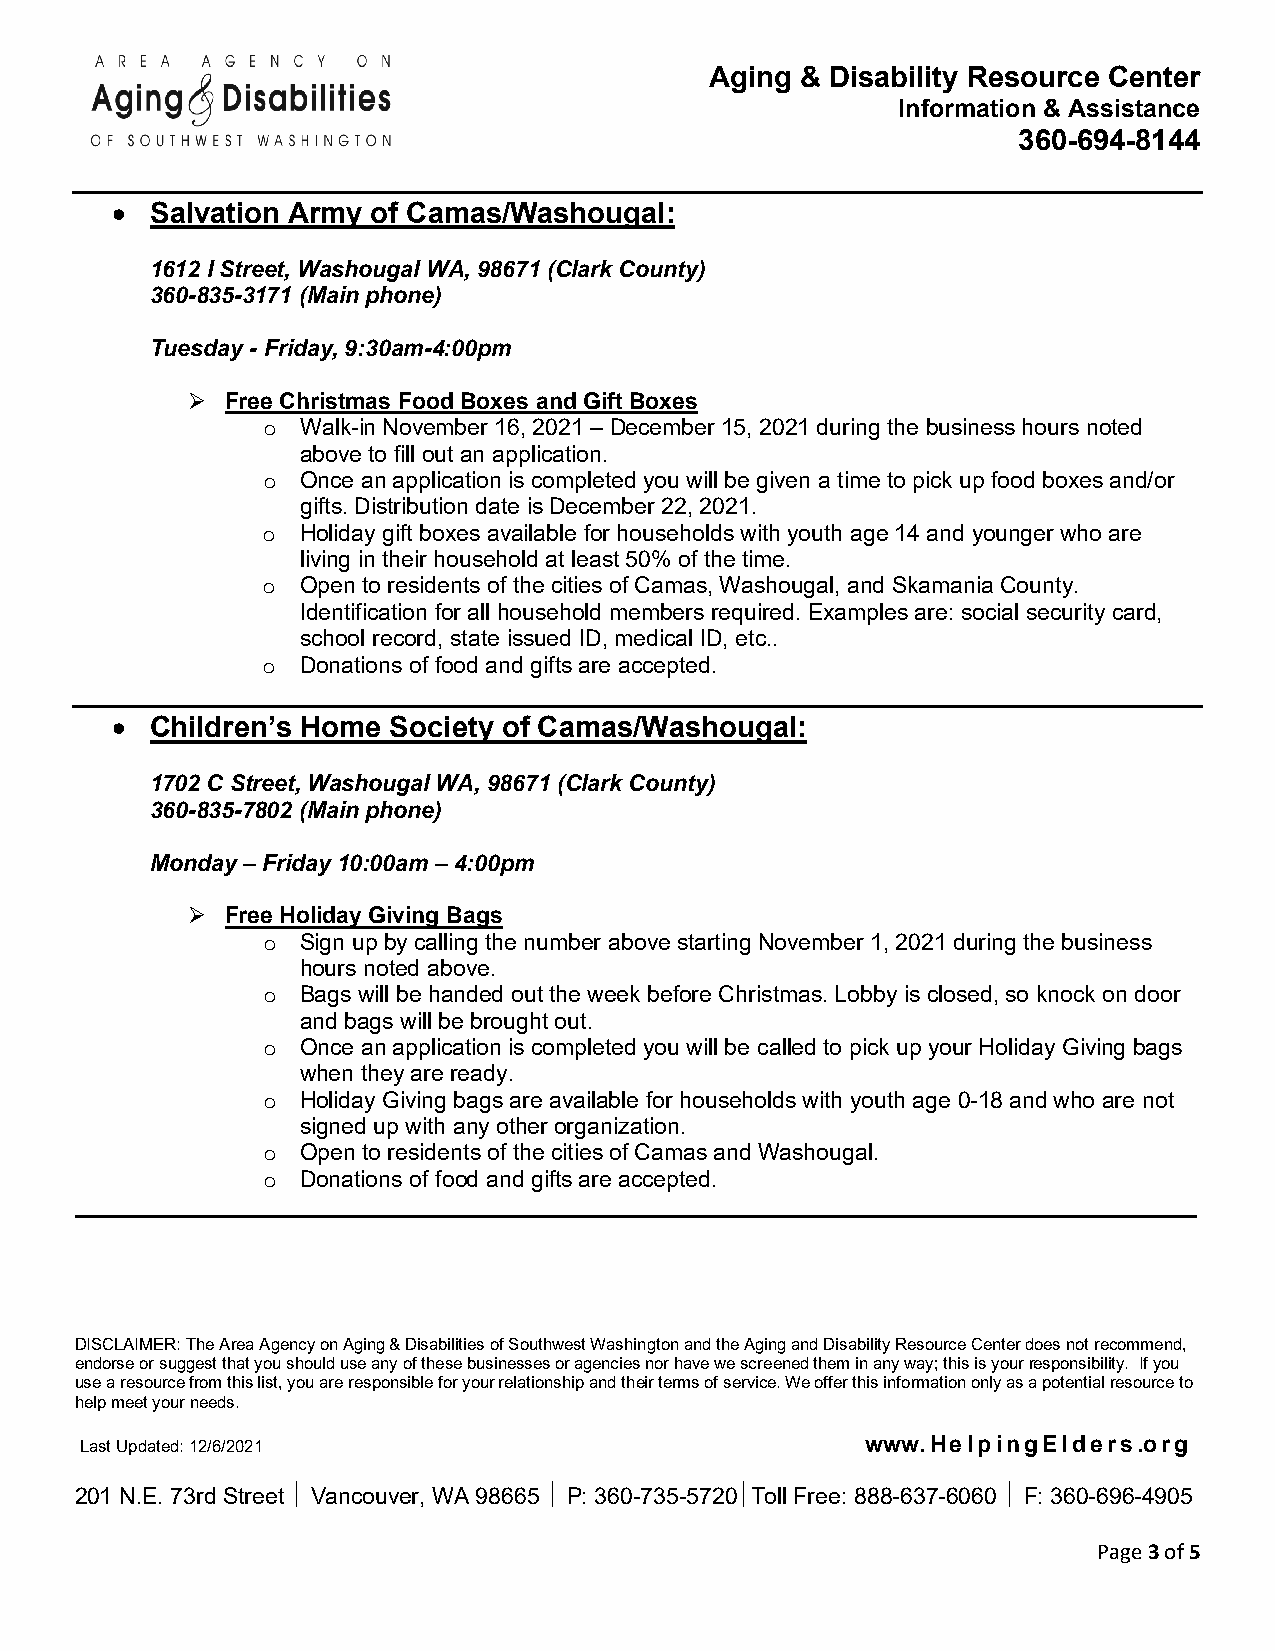
Aging & Disability Resource Center
 Information & Assistance
 360-694-8144
 •  Salvation Army of Camas/Washougal:
 1612 I Street, Washougal WA, 98671 (Clark County)
 360-835-3171 (Main phone)
 Tuesday - Friday, 9:30am-4:00pm
   Free Christmas Food Boxes and Gift Boxes
 Walk-in November 16, 2021 – December 15, 2021 during the business hours noted
 o
 above to fill out an application.
 Once an application is completed you will be given a time to pick up food boxes and/or
 o
 gifts. Distribution date is December 22, 2021.
 Holiday gift boxes available for households with youth age 14 and younger who are
 o
 living in their household at least 50% of the time.
 Open to residents of the cities of Camas, Washougal, and Skamania County.
 o
 Identification for all household members required. Examples are: social security card,
 school record, state issued ID, medical ID, etc..
 Donations of food and gifts are accepted.
 o
 •  Children’s Home Society of Camas/Washougal:
 1702 C Street, Washougal WA, 98671 (Clark County)
 360-835-7802 (Main phone)
 Monday – Friday 10:00am – 4:00pm
   Free Holiday Giving Bags
 Sign up by calling the number above starting November 1, 2021 during the business
 o
 hours noted above.
 Bags will be handed out the week before Christmas. Lobby is closed, so knock on door
 o
 and bags will be brought out.
 Once an application is completed you will be called to pick up your Holiday Giving bags
 o
 when they are ready.
 Holiday Giving bags are available for households with youth age 0-18 and who are not
 o
 signed up with any other organization.
 Open to residents of the cities of Camas and Washougal.
 o
 Donations of food and gifts are accepted.
 o
 ________________________________________________________________________________________
 DISCLAIMER: The Area Agency on Aging & Disabilities of Southwest Washington and the Aging and Disability Resource Center does not recommend,
 endorse or suggest that you should use any of these businesses or agencies nor have we screened them in any way; this is your responsibility. If you
 use a resource from this list, you are responsible for your relationship and their terms of service. We offer this information only as a potential resource to
 help meet your needs.
 Last Updated: 12/6/2021                             www. H e l p i n g E l d e r s .o r g
 201 N.E. 73rd Street  Vancouver, WA 98665  P: 360-735-5720Toll Free: 888-637-6060  F: 360-696-4905
 Page 3 of 5